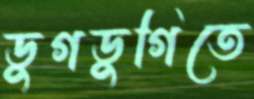
ডুগডুগিতে